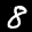
Label: 8